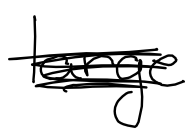
Text: large
Cross-out: scratch
Writing tool: digital_black